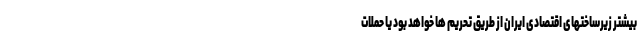
بیشتر زیرساختهای اقتصادی ایران از طریق تحریم ها خواهد بود یا حملات